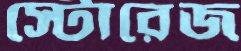
স্টোরেজ